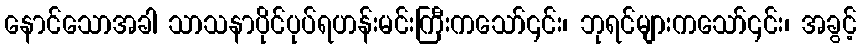
နောင်သောအခါ သာသနာပိုင်ပုပ်ရဟန်းမင်းကြီးကသော်၎င်း၊ ဘုရင်များကသော်၎င်း၊ အခွင့်